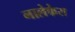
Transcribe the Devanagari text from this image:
नालेफेरा